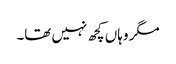
مگر وہاں کچھ نہیں تھا۔